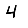
Digit: 4